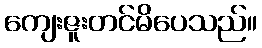
ကျေးဇူးတင်မိပေသည်။